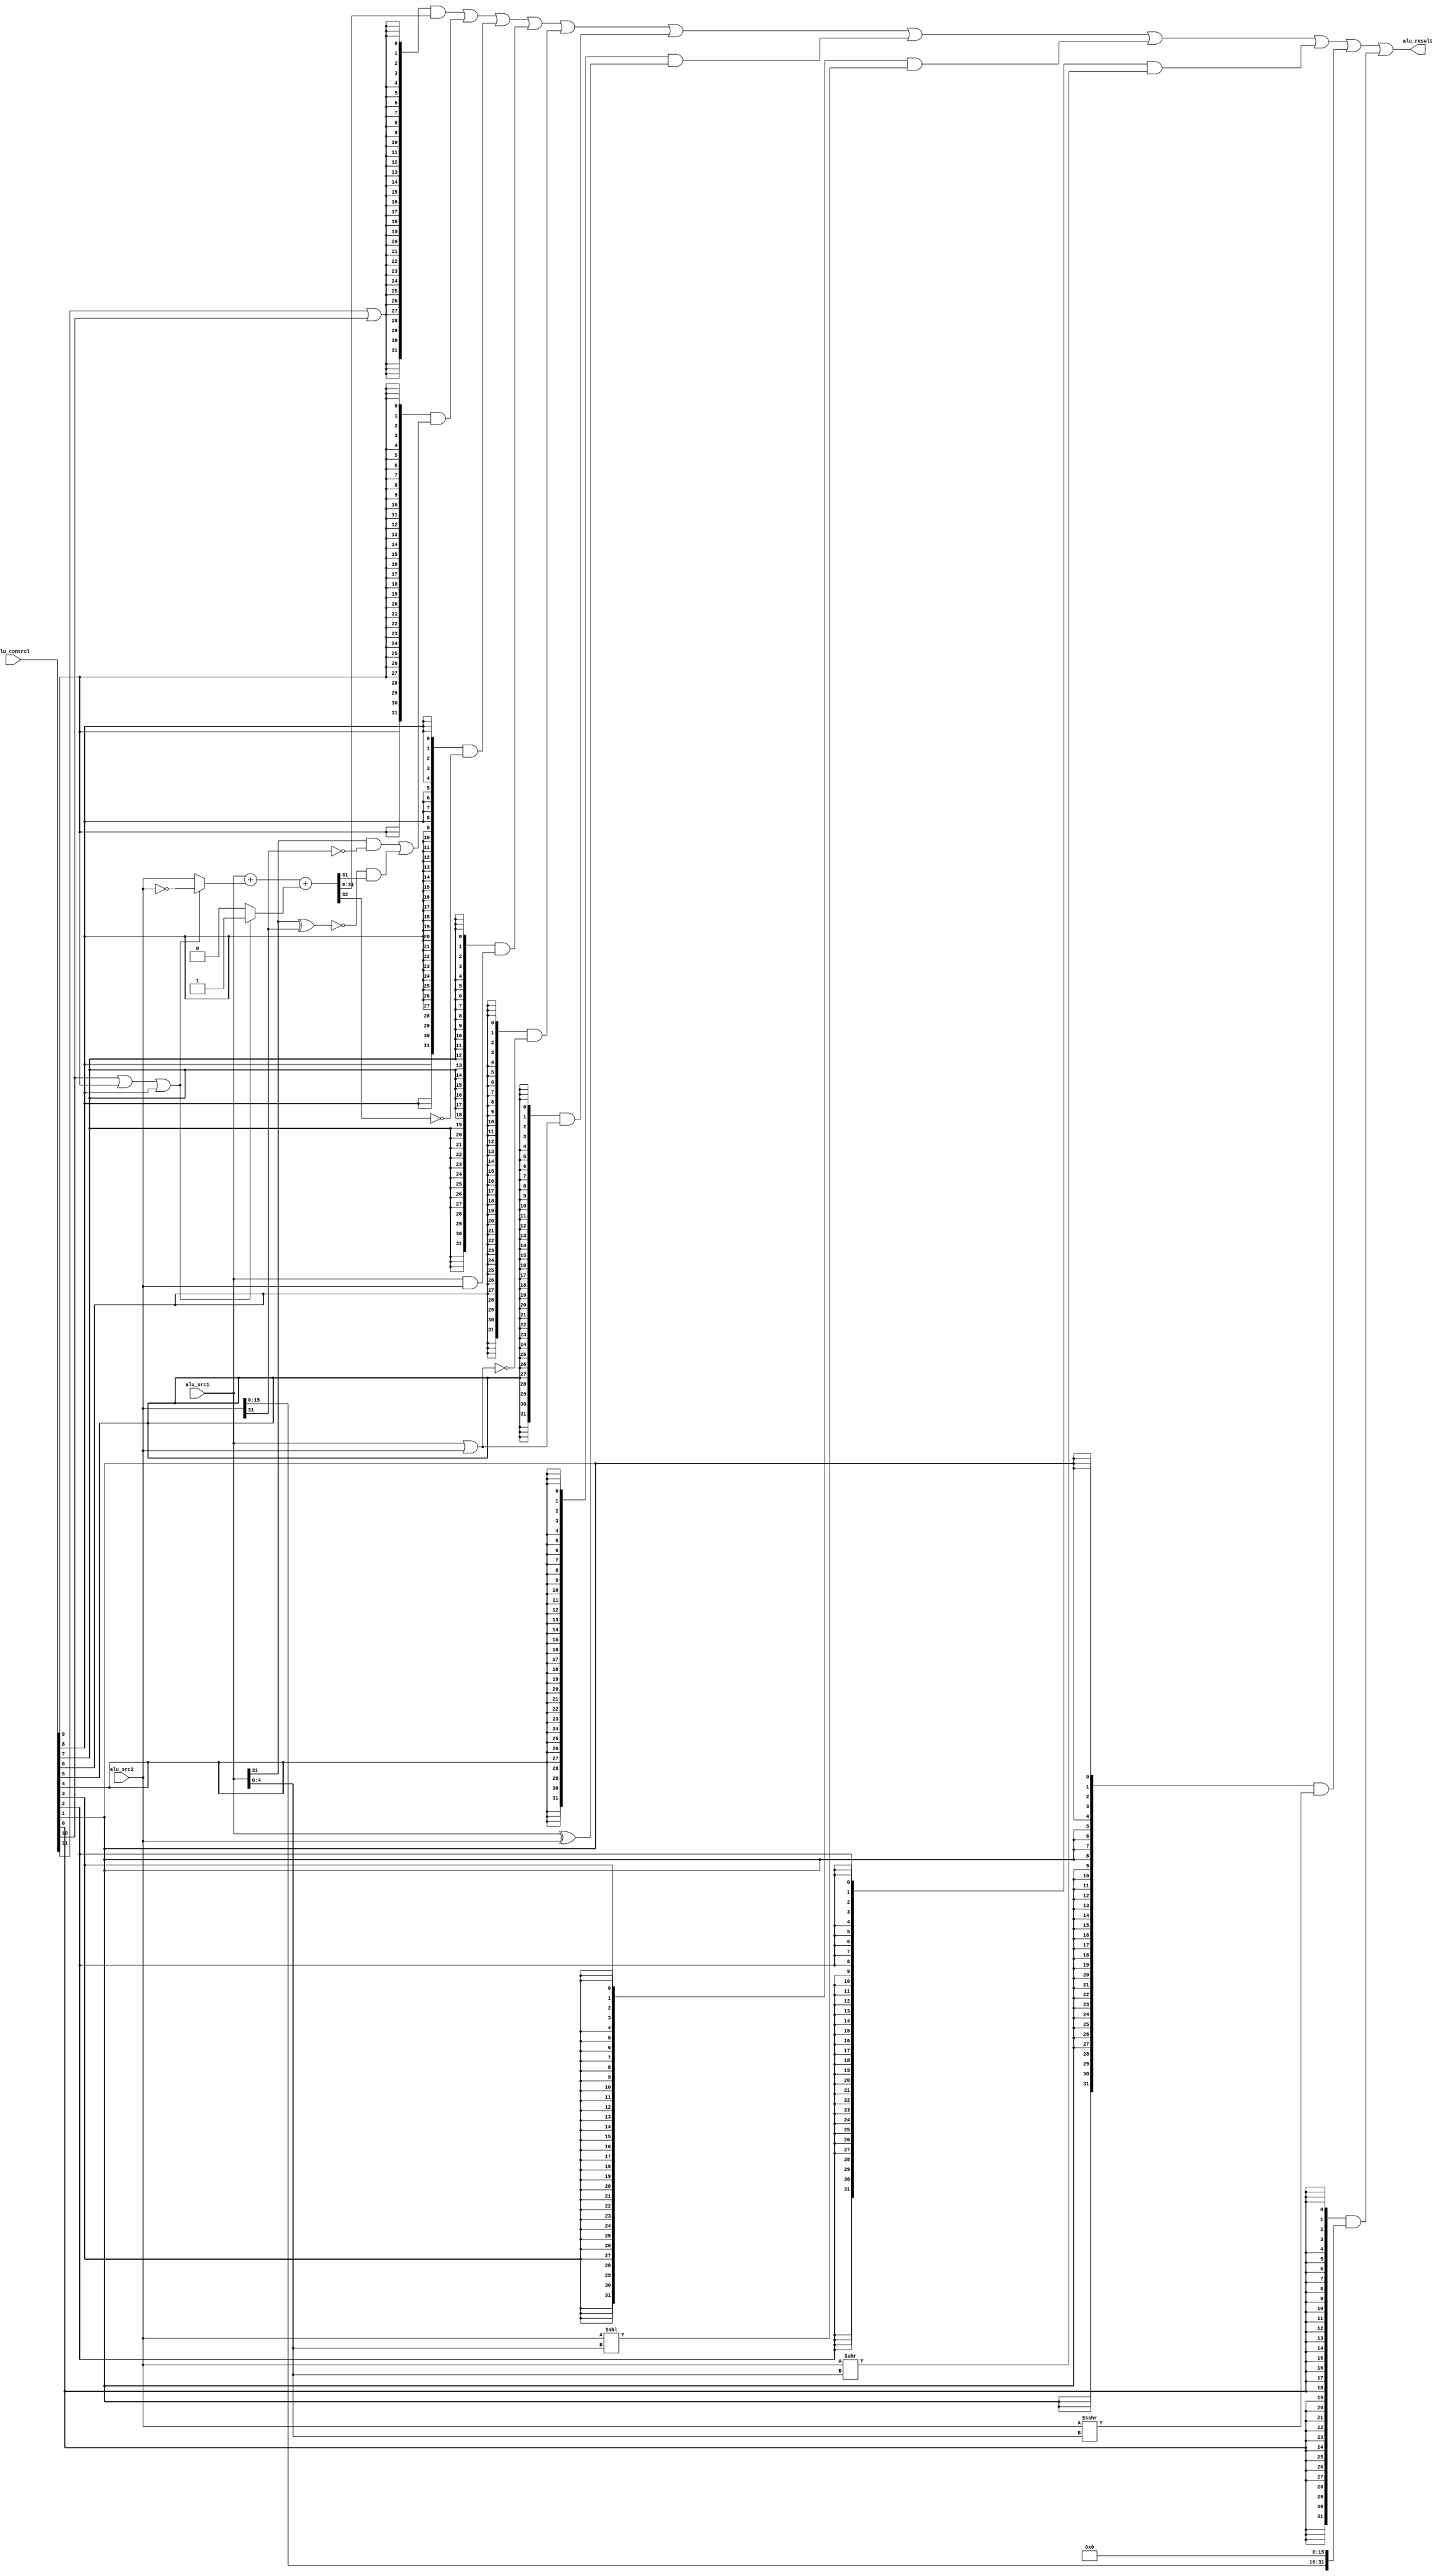
module alu(
    input wire [11:0] alu_control,
    input wire [31:0] alu_src1,
    input wire [31:0] alu_src2,
    output wire [31:0] alu_result
);

    wire op_add;
    wire op_sub;
    wire op_slt;
    wire op_sltu;
    wire op_and;
    wire op_nor;
    wire op_or;
    wire op_xor;
    wire op_sll;
    wire op_srl;
    wire op_sra;
    wire op_lui;

    assign {op_add, op_sub, op_slt, op_sltu,
            op_and, op_nor, op_or, op_xor,
            op_sll, op_srl, op_sra, op_lui} = alu_control;
    
    wire [31:0] add_sub_result;
    wire [31:0] slt_result;
    wire [31:0] sltu_result;
    wire [31:0] and_result;
    wire [31:0] nor_result;
    wire [31:0] or_result;
    wire [31:0] xor_result;
    wire [31:0] sll_result;
    wire [31:0] srl_result;
    wire [31:0] sra_result;
    wire [31:0] lui_result;

    assign and_result = alu_src1 & alu_src2;
    assign or_result = alu_src1 | alu_src2;
    assign nor_result = ~or_result;
    assign xor_result = alu_src1 ^ alu_src2;
    assign lui_result = {alu_src2[15:0], 16'b0};

    wire [31:0] adder_a;
    wire [31:0] adder_b;
    wire        adder_cin;
    wire [31:0] adder_result;
    wire        adder_cout;

    assign adder_a = alu_src1;
    assign adder_b = (op_sub | op_slt | op_sltu) ? ~alu_src2 : alu_src2;
    assign adder_cin = (op_sub | op_slt | op_sltu) ? 1'b1 : 1'b0;
    assign {adder_cout, adder_result} = adder_a + adder_b + adder_cin;

    assign add_sub_result = adder_result;

    assign slt_result[31:1] = 31'b0;
    assign slt_result[0] = (alu_src1[31] & ~alu_src2[31]) 
                         | (~(alu_src1[31]^alu_src2[31]) & adder_result[31]);
    
    assign sltu_result[31:1] = 31'b0;
    assign sltu_result[0] = ~adder_cout;

    assign sll_result = alu_src2 << alu_src1[4:0];
    assign srl_result = alu_src2 >> alu_src1[4:0];
    assign sra_result = ($signed(alu_src2)) >>> alu_src1[4:0];

    assign alu_result = ({32{op_add|op_sub  }} & add_sub_result)
                      | ({32{op_slt         }} & slt_result)
                      | ({32{op_sltu        }} & sltu_result)
                      | ({32{op_and         }} & and_result)
                      | ({32{op_nor         }} & nor_result)
                      | ({32{op_or          }} & or_result)
                      | ({32{op_xor         }} & xor_result)
                      | ({32{op_sll         }} & sll_result)
                      | ({32{op_srl         }} & srl_result)
                      | ({32{op_sra         }} & sra_result)
                      | ({32{op_lui         }} & lui_result);
                      
endmodule